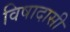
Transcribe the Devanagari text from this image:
विषादासी